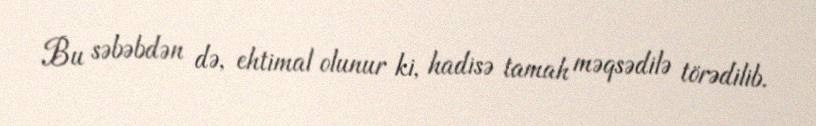
Bu səbəbdən də, ehtimal olunur ki, hadisə tamah məqsədilə törədilib.